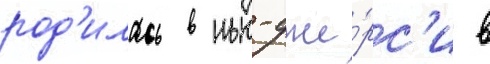
род'илась в нью-дже́рс'и в